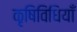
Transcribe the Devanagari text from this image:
कृषिविधियाँ